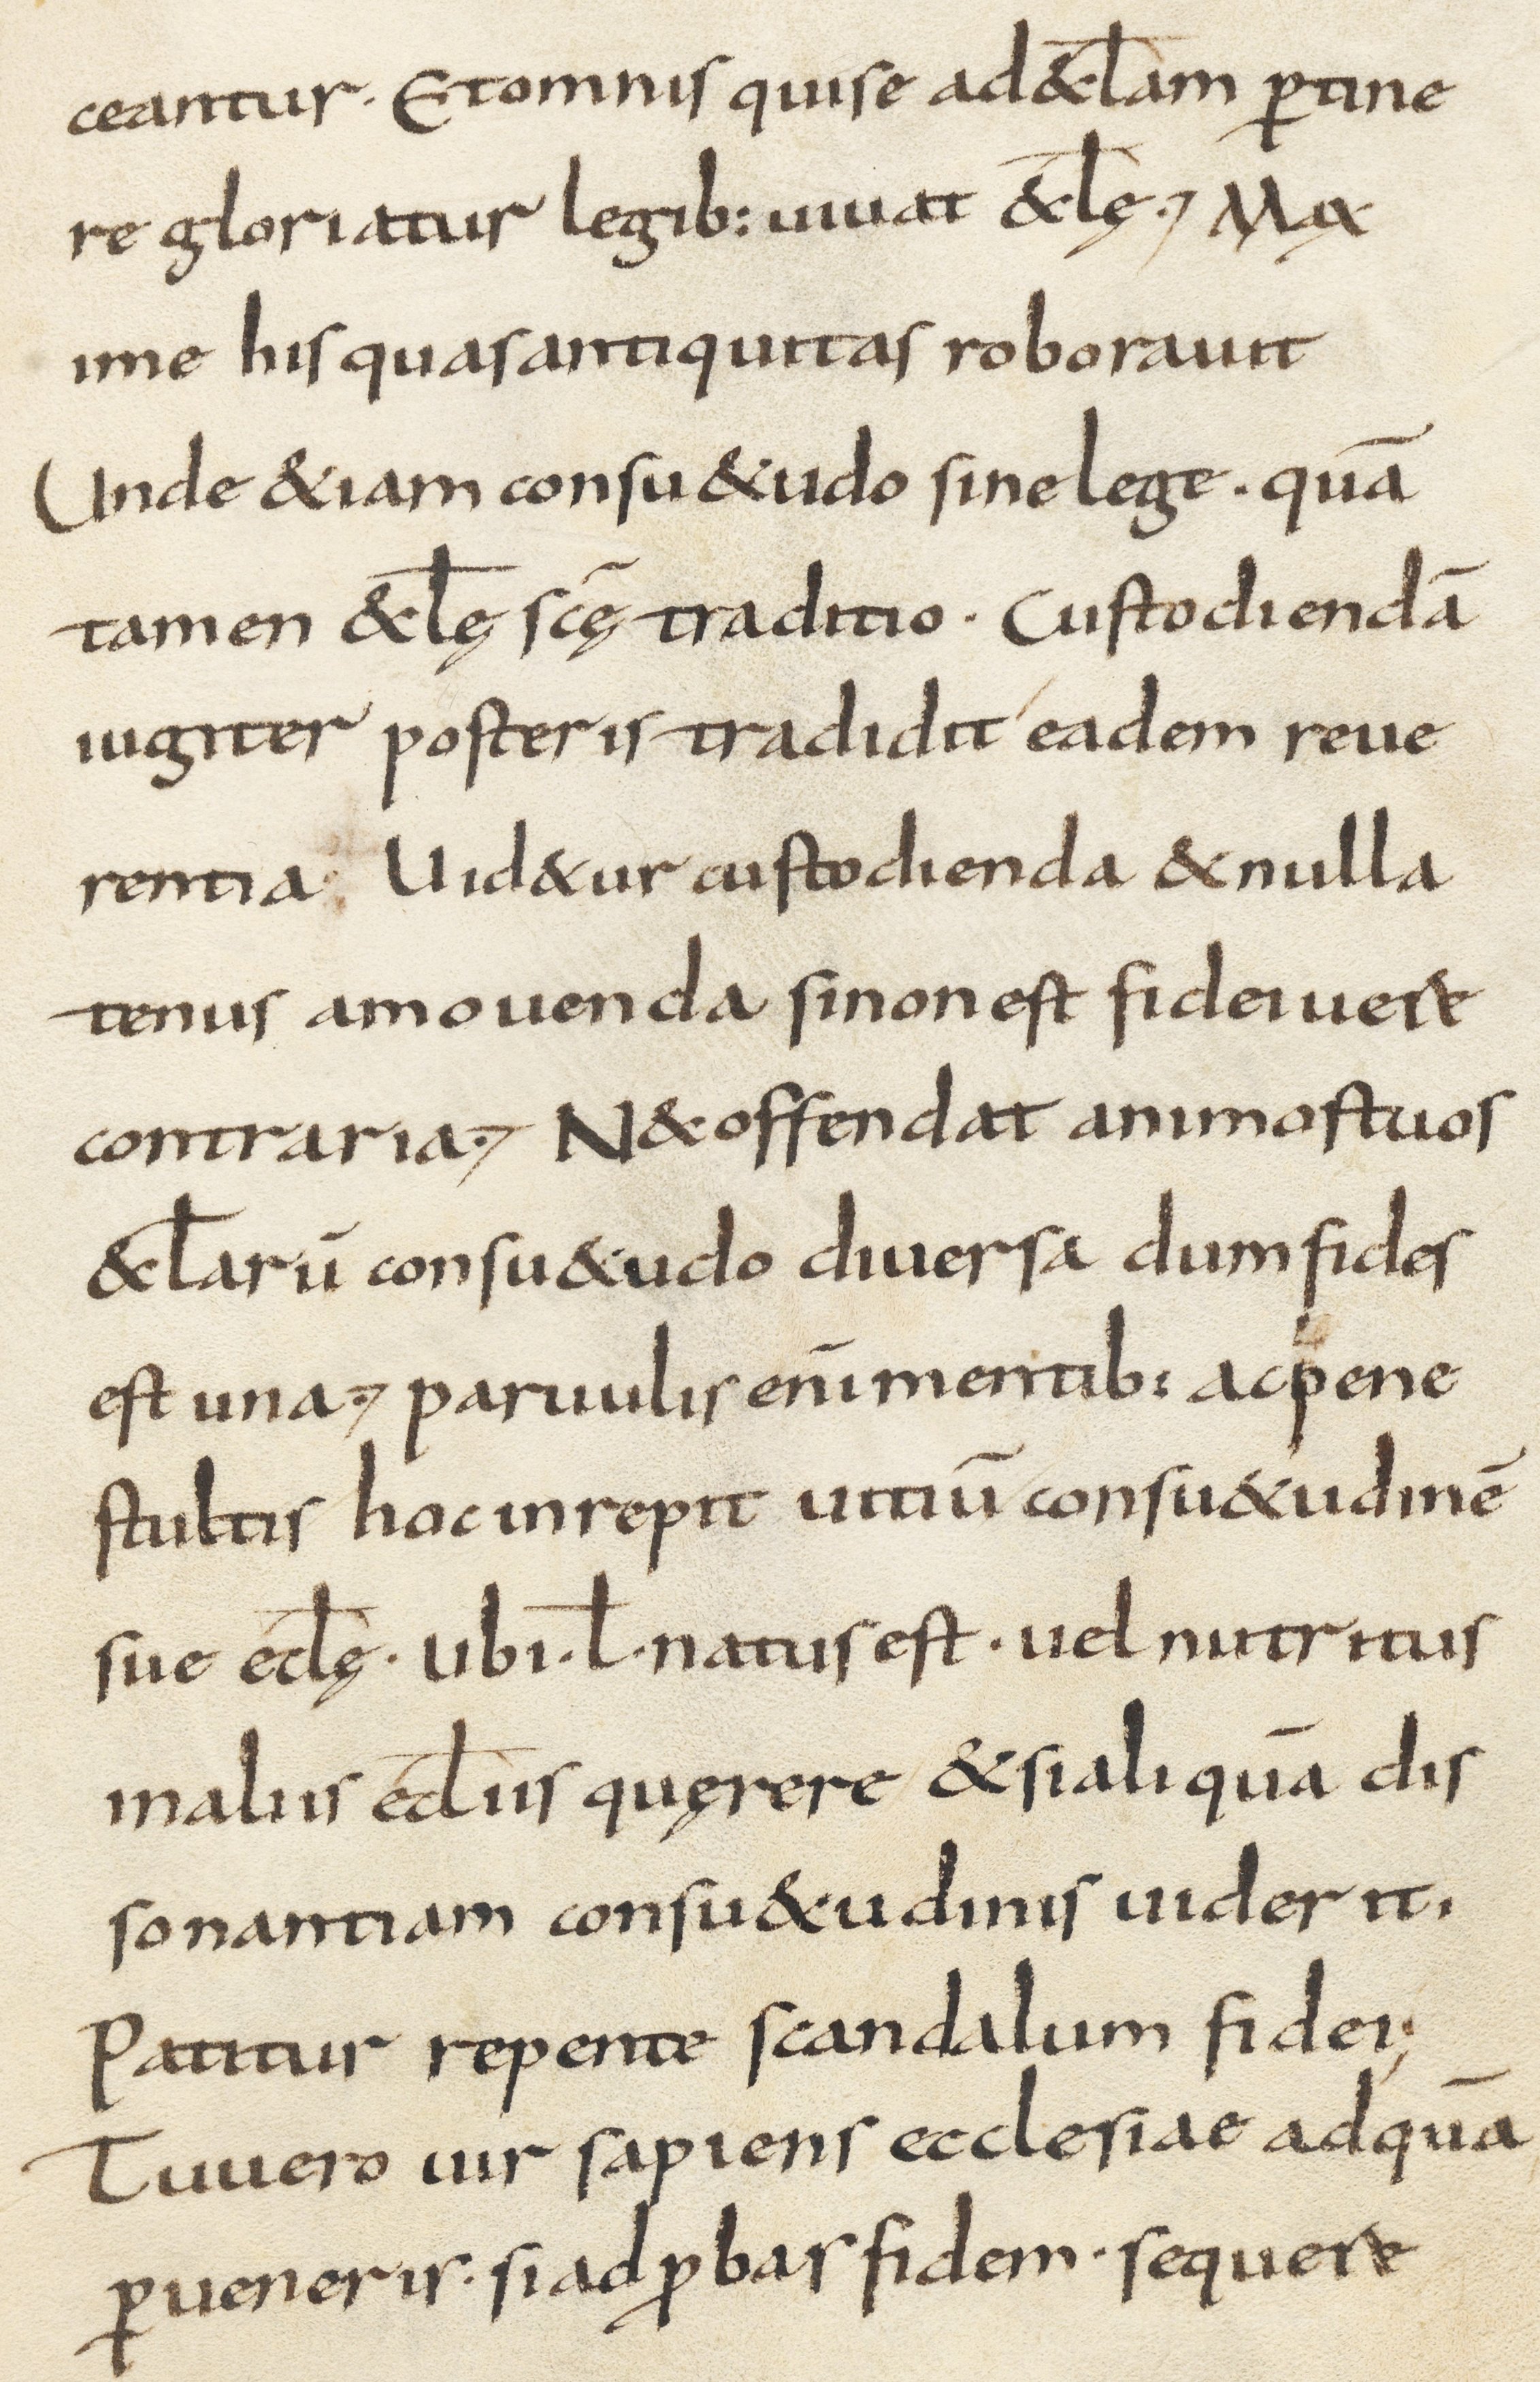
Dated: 800–899